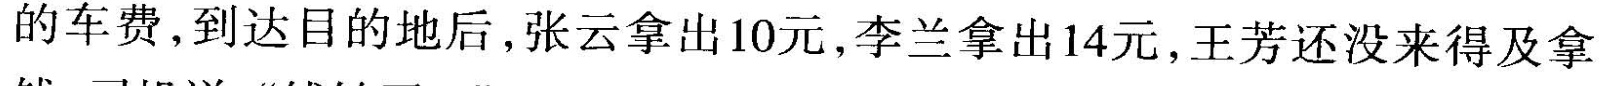
的车费，到达目的地后，张云拿出10元，李兰拿出14元，王芳还没来得及拿